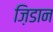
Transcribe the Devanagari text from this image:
ज़िडान